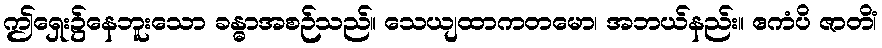
ဤရှေး၌နေဘူးသော ခန္ဓာအစဉ်သည်။ သေယျထာကတမော၊ အဘယ်နည်း။ ဧကံပိ ဇာတိံ၊